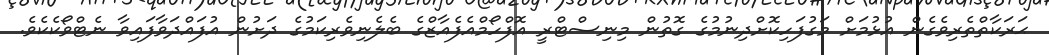
ޙަރަކާތްތެރިވެގެން އުޅުމަށް މަގުފަހިކޮށްދިނުމުގެ ގޮތުން މިނިސްޓްރީ އޮފްހޯމްއެފެއާޒްގެ ބެލެނިވެރިކަމުގެ ދަށުން އުފައްދަވާފައިވާ ނެޓްވޯކެކެވެ.